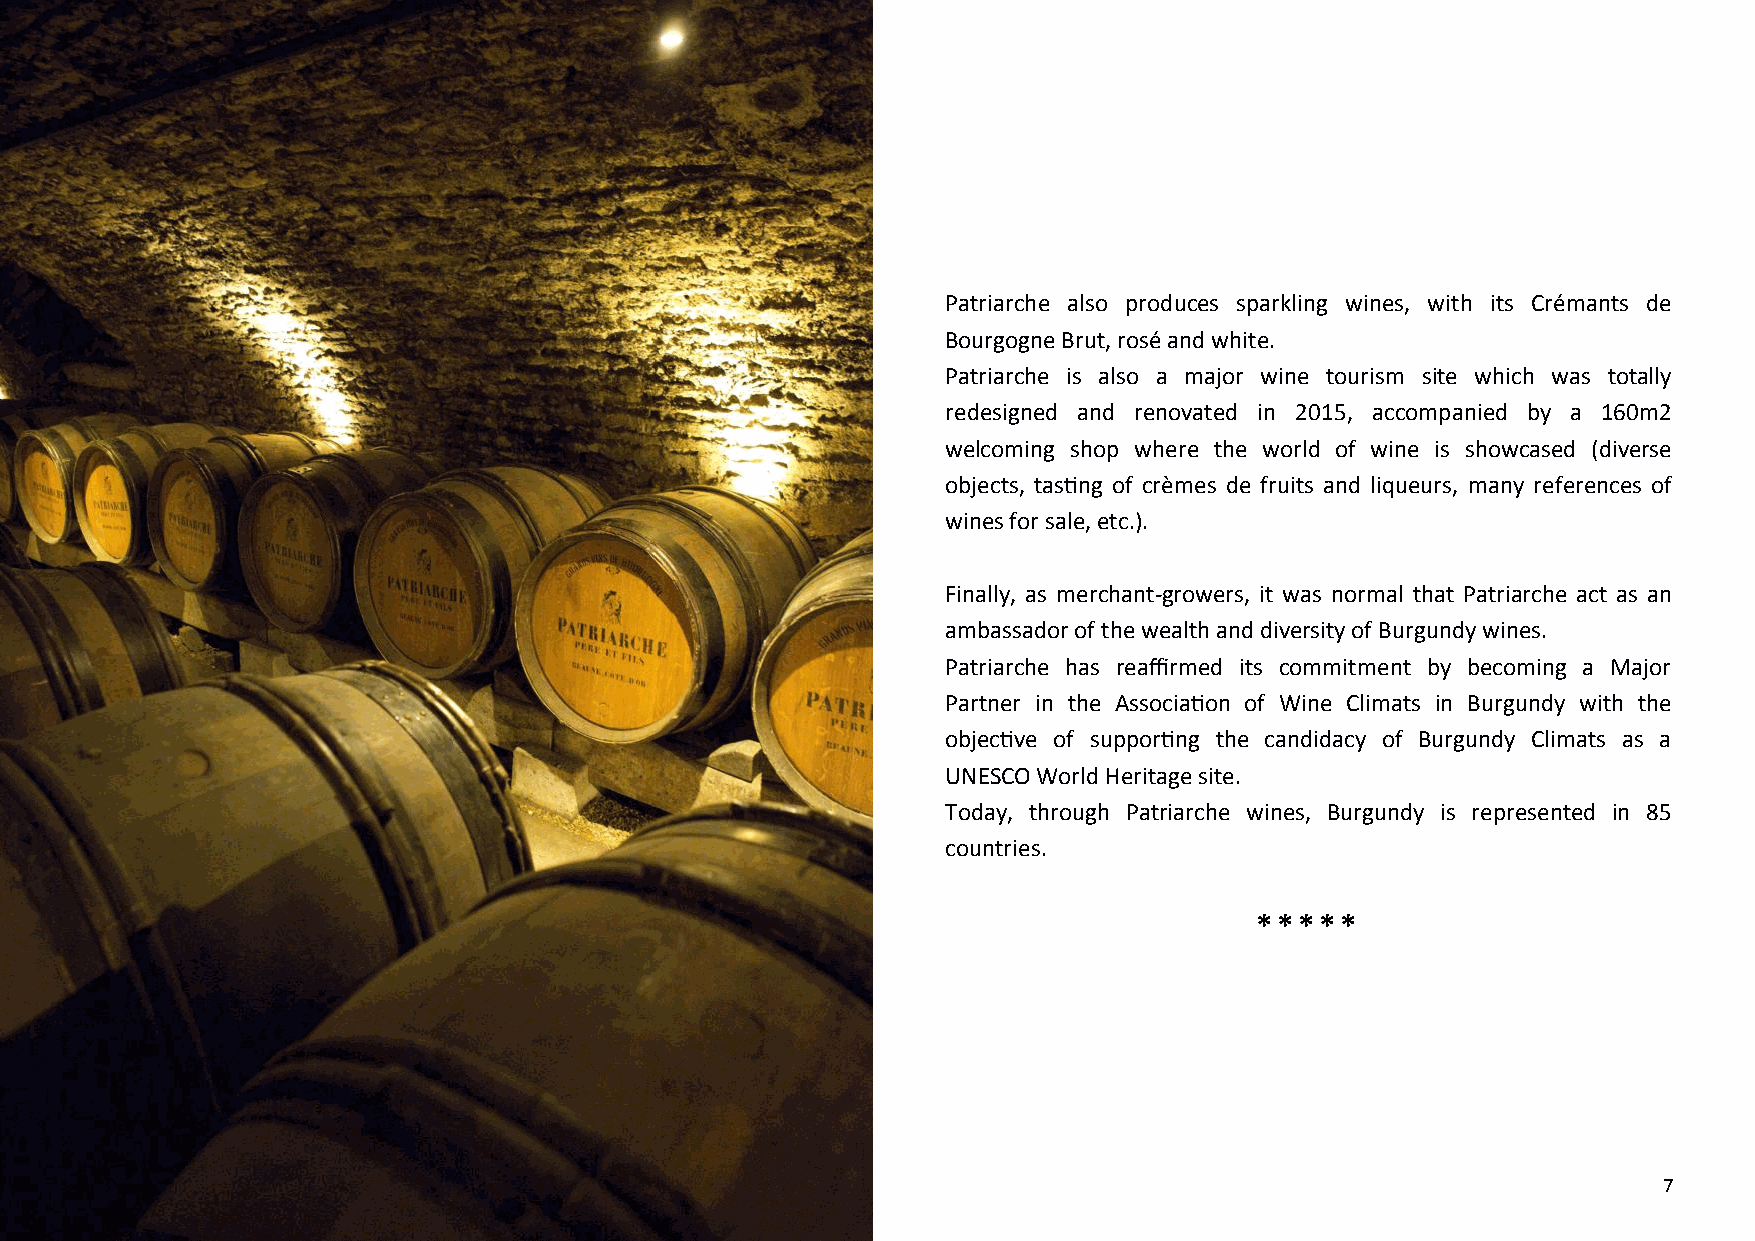
Patriarche also produces sparkling wines, with its Crémants de
 Bourgogne Brut, rosé and white.
 Patriarche is also a major wine tourism site which was totally
 redesigned and renovated in 2015, accompanied by a 160m2
 welcoming shop where the world of wine is showcased (diverse
 objects, tasting of crèmes de fruits and liqueurs, many references of
 wines for sale, etc.).
 Finally, as merchant-growers, it was normal that Patriarche act as an
 ambassador of the wealth and diversity of Burgundy wines.
 Patriarche has reaffirmed its commitment by becoming a Major
 Partner in the Association of Wine Climats in Burgundy with the
 objective of supporting the candidacy of Burgundy Climats as a
 UNESCO World Heritage site.
 Today, through Patriarche wines, Burgundy is represented in 85
 countries.
 *****
 7